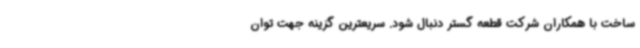
ساخت با همکاران شرکت قطعه گستر دنبال شود. سریعترین گزینه جهت توان